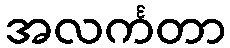
အလင်္ကတာ